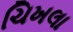
ચિખલા